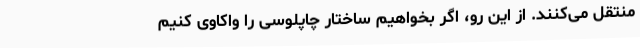
منتقل می‌کنند. از این رو، اگر بخواهیم ساختار چاپلوسی را واکاوی کنیم